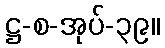
ဋ္ဌ-စ-အုပ်-၃၉။